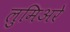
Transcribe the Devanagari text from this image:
लुमिअरे